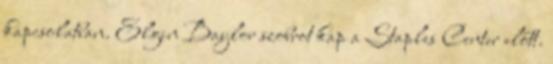
kapcsolatban. Elgin Baylor szobrot kap a Staples Center előtt.